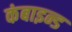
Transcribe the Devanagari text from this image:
कंबाइन्ड